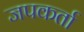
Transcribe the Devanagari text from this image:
जपकर्ता